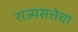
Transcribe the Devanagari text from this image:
राज्यसत्तेचा